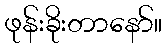
ဖုန်းခိုးတာနော်။